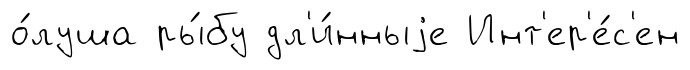
о́луша ры́бу дл'и́нныjе Инт'ер'е́с'ен